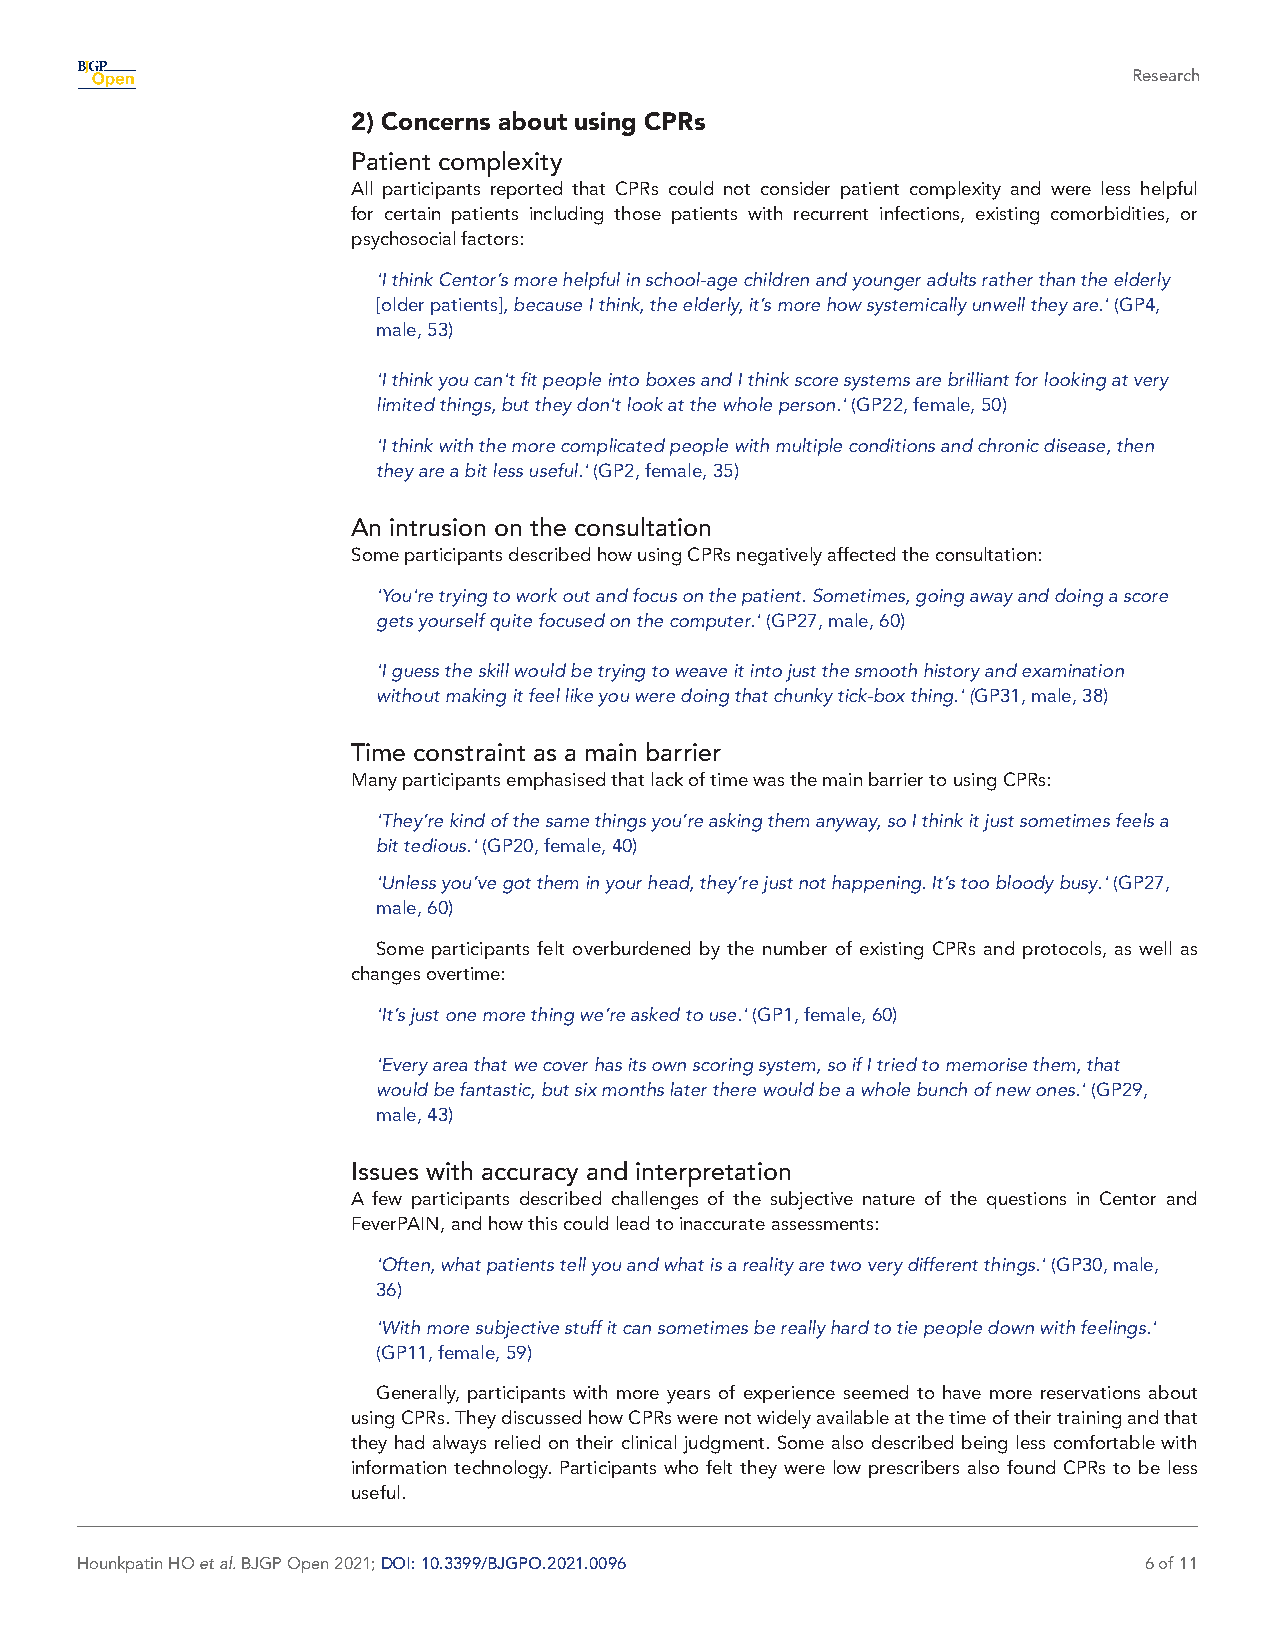
Research
 2) Concerns about using CPRs
 Patient complexity
 All participants reported that CPRs could not consider patient complexity and were less helpful
 for certain patients including those patients with recurrent infections, existing comorbidities, or
 psychosocial factors:
 'I think Centor’s more helpful in school- age children and younger adults rather than the elderly
 [older patients], because I think, the elderly, it’s more how systemically unwell they are.' (GP4,
 male, 53)
 'I think you can't fit people into boxes and I think score systems are brilliant for looking at very
 limited things, but they don't look at the whole person.' (GP22, female, 50)
 'I think with the more complicated people with multiple conditions and chronic disease, then
 they are a bit less useful.' (GP2, female, 35)
 An intrusion on the consultation
 Some participants described how using CPRs negatively affected the consultation:
 'You're trying to work out and focus on the patient. Sometimes, going away and doing a score
 gets yourself quite focused on the computer.' (GP27, male, 60)
 'I guess the skill would be trying to weave it into just the smooth history and examination
 without making it feel like you were doing that chunky tick- box thing.' (GP31, male, 38)
 Time constraint as a main barrier
 Many participants emphasised that lack of time was the main barrier to using CPRs:
 'They’re kind of the same things you’re asking them anyway, so I think it just sometimes feels a
 bit tedious.' (GP20, female, 40)
 'Unless you’ve got them in your head, they’re just not happening. It’s too bloody busy.' (GP27,
 male, 60)
 Some participants felt overburdened by the number of existing CPRs and protocols, as well as
 changes overtime:
 'It’s just one more thing we’re asked to use.' (GP1, female, 60)
 'Every area that we cover has its own scoring system, so if I tried to memorise them, that
 would be fantastic, but six months later there would be a whole bunch of new ones.' (GP29,
 male, 43)
 Issues with accuracy and interpretation
 A few participants described challenges of the subjective nature of the questions in Centor and
 FeverPAIN, and how this could lead to inaccurate assessments:
 'Often, what patients tell you and what is a reality are two very different things.' (GP30, male,
 36)
 'With more subjective stuff it can sometimes be really hard to tie people down with feelings.'
 (GP11, female, 59)
 Generally, participants with more years of experience seemed to have more reservations about
 using CPRs. They discussed how CPRs were not widely available at the time of their training and that
 they had always relied on their clinical judgment. Some also described being less comfortable with
 information technology. Participants who felt they were low prescribers also found CPRs to be less
 useful.
 Hounkpatin HO et al. BJGP Open 2021; DOI: 10.3399/BJGPO.2021.0096      6 of 11